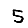
Digit: 5